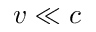
v \ll c